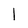
Character: 1